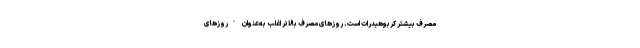
مصرف بیشتر کربوهیدرات است. روزهای مصرف بالاتر اغلب به‌عنوان "روزهای